system: You are a helpful assistant.
user:
Analyze the provided spectrum to determine if it is a **"Cataclysmic Variables (CV)"**.

- **Key Indicators for CV (Check for either state):**
    - **State 1: Quiescent / Low-State (Emission-Dominated)**
        - **(Primary):** Strong and *very broad* Hydrogen Balmer emission lines (e.g., $H\alpha$ at 6563 Å, $H\beta$ at 4861 Å). The 'broadness' (high velocity dispersion, often FWHM > 1000 km/s) is the key diagnostic, indicating a high-velocity accretion disk.
        - **(Secondary):** Broad neutral Helium (He I) emission lines (e.g., 5876 Å, 6678 Å).
        - **(Key Confirmation):** Presence of high-excitation *ionized* Helium (He II) emission at 4686 Å. This is a strong indicator of accretion onto a white dwarf.
        - **(Line Profile):** Emission lines may exhibit a 'double-peaked' profile, which is a classic signature of a rotating accretion disk viewed at high inclination.

    - **State 2: Outburst / High-State (Absorption-Dominated)**
        - **(Primary):** Spectrum is dominated by a bright, blue continuum (looks like a hot star).
        - **(Secondary):** The emission lines from State 1 are weak, absent, or 'filled in', and are replaced by broad, shallow *absorption* lines (primarily Balmer and He I).
        - **(Morphology):** The overall spectrum mimics a hot B/A-type star. The crucial difference is that the absorption lines are significantly broader, shallower, and more 'washed-out' (or 'smeared') than the sharp lines of a normal stellar photosphere, due to high rotational speeds and pressure broadening in the disk.

Think first, call **spectral_visualization_tool** if needed to examine features in detail, then provide your final answer. Your response must adhere to the following strict rules:
1.  **Overall Structure:** Your response must follow the format `<think>...</think> <tool_call>...</tool_call> (if a tool is used) <answer>...</answer>`.
2.  **Tool Usage Constraint:** You may only make **one** tool call per turn.
3.  **Final Answer Format:** In the `<answer>` tag, your conclusion must be inside a `\boxed{}` command (e.g., `\boxed{YES}`), followed by your justification.

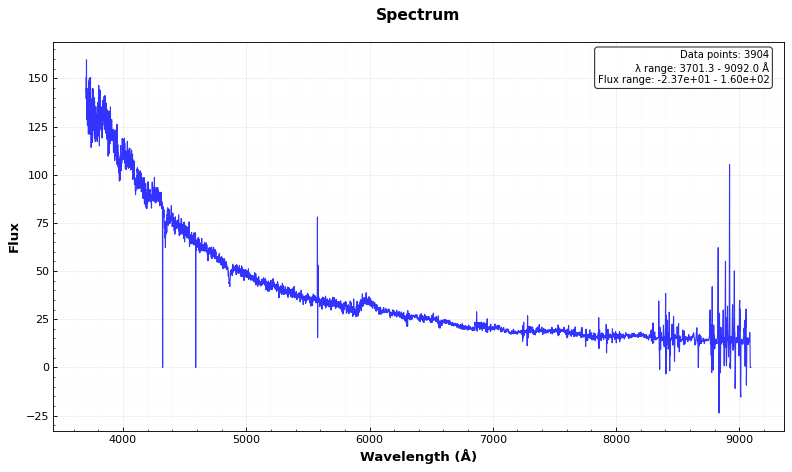
Answer: NO